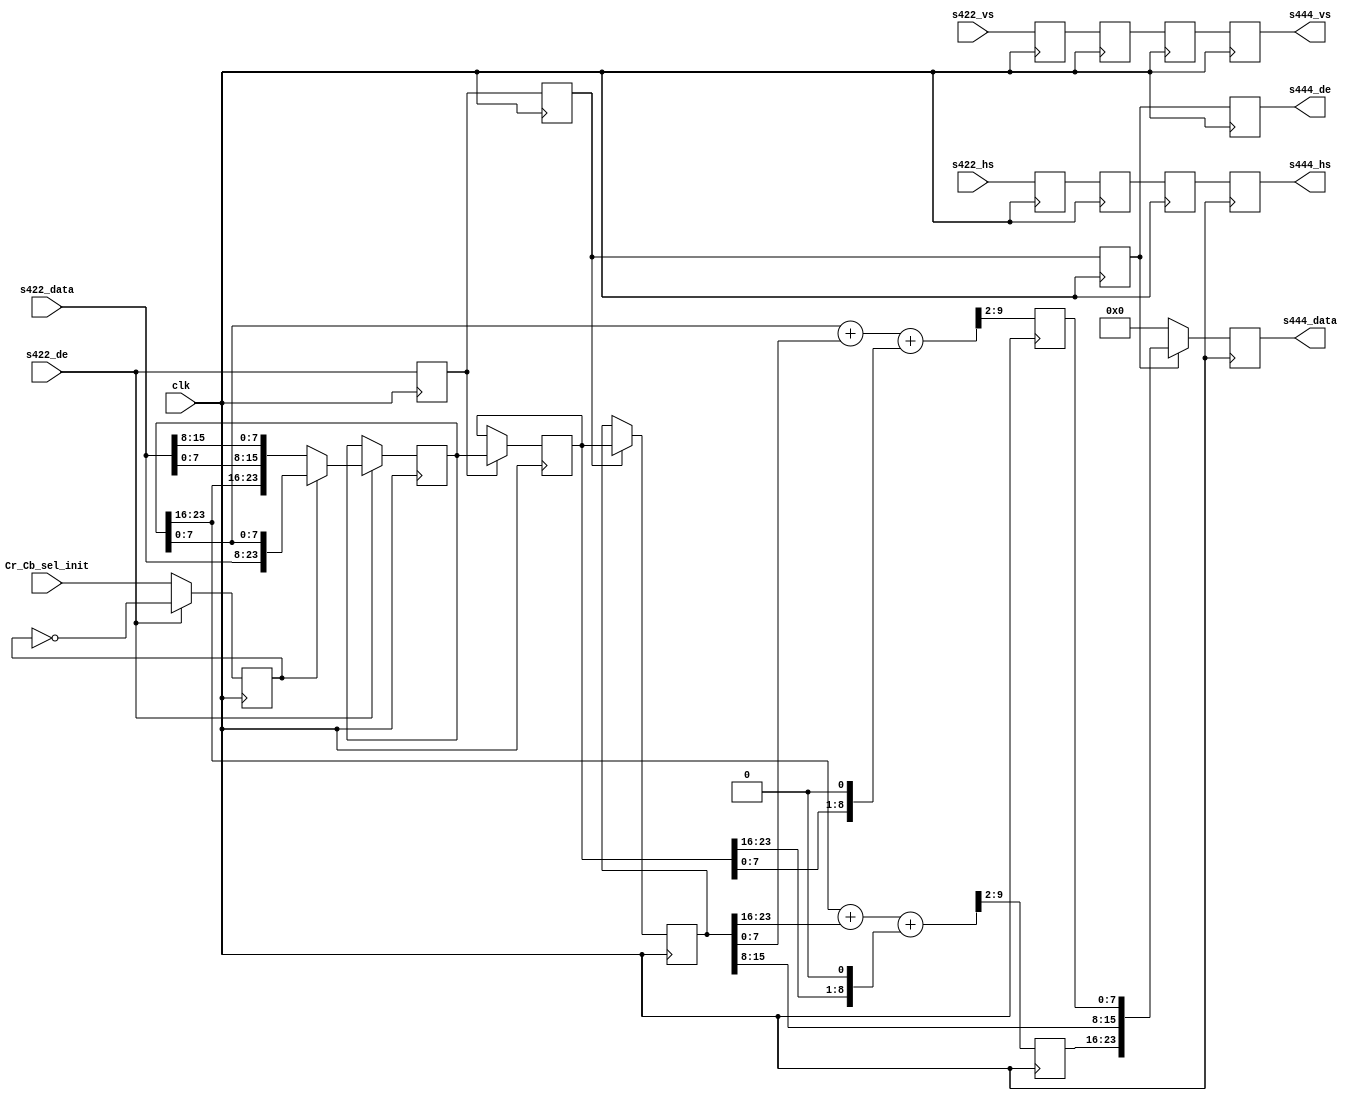
module cf_ss_422to444 (
  clk,
  s422_vs,
  s422_hs,
  s422_de,
  s422_data,
  s444_vs,
  s444_hs,
  s444_de,
  s444_data,
  Cr_Cb_sel_init);
  input           clk;
  input           s422_vs;
  input           s422_hs;
  input           s422_de;
  input   [15:0]  s422_data;
  output          s444_vs;
  output          s444_hs;
  output          s444_de;
  output  [23:0]  s444_data;
  input           Cr_Cb_sel_init;
  reg             Cr_Cb_sel = 'd0;
  reg             s422_vs_d = 'd0;
  reg             s422_hs_d = 'd0;
  reg             s422_de_d = 'd0;
  reg     [23:0]  s422_data_d = 'd0;
  reg             s422_vs_2d = 'd0;
  reg             s422_hs_2d = 'd0;
  reg             s422_de_2d = 'd0;
  reg     [23:0]  s422_data_2d = 'd0;
  reg             s422_vs_3d = 'd0;
  reg             s422_hs_3d = 'd0;
  reg             s422_de_3d = 'd0;
  reg     [23:0]  s422_data_3d = 'd0;
  reg     [ 7:0]  R = 'd0;
  reg     [ 7:0]  B = 'd0;
  reg             s444_vs = 'd0;
  reg             s444_hs = 'd0;
  reg             s444_de = 'd0;
  reg     [23:0]  s444_data = 'd0;
  wire    [ 9:0]  R_s;
  wire    [ 9:0]  B_s;
  always @(posedge clk) begin
    if (s422_de == 1'b1) begin
      Cr_Cb_sel <= ~Cr_Cb_sel;
    end else begin
      Cr_Cb_sel <= Cr_Cb_sel_init;
    end
    s422_vs_d <= s422_vs;
    s422_hs_d <= s422_hs;
    s422_de_d <= s422_de;
    if (s422_de == 1'b1) begin
      if (Cr_Cb_sel == 1'b1) begin
        s422_data_d <= {s422_data[15:8], s422_data[7:0], s422_data_d[7:0]};
      end else begin
        s422_data_d <= {s422_data_d[23:16], s422_data[7:0], s422_data[15:8]};
      end
    end
    s422_vs_2d <= s422_vs_d;
    s422_hs_2d <= s422_hs_d;
    s422_de_2d <= s422_de_d;
    if (s422_de_d == 1'b1) begin
      s422_data_2d <= s422_data_d;
    end
    s422_vs_3d <= s422_vs_2d;
    s422_hs_3d <= s422_hs_2d;
    s422_de_3d <= s422_de_2d;
    if (s422_de_2d == 1'b1) begin
      s422_data_3d <= s422_data_2d;
    end
  end
  assign R_s = {2'd0, s422_data_d[23:16]} + {2'd0, s422_data_3d[23:16]} +
    {1'd0, s422_data_2d[23:16], 1'd0};
  assign B_s = {2'd0, s422_data_d[7:0]} + {2'd0, s422_data_3d[7:0]} +
    {1'd0, s422_data_2d[7:0], 1'd0};
  always @(posedge clk) begin
    R <= R_s[9:2];
    B <= B_s[9:2];
  end
  always @(posedge clk) begin
    s444_vs <= s422_vs_3d;
    s444_hs <= s422_hs_3d;
    s444_de <= s422_de_3d;
    if (s422_de_3d == 1'b0) begin
      s444_data <= 'd0;
    end else begin
      s444_data <= {R, s422_data_3d[15:8], B};
    end
  end
endmodule